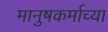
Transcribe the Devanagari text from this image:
मानुषकर्माच्या